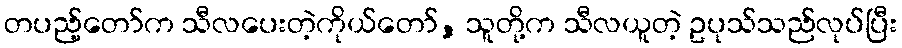
တပည့်တော်က သီလပေးတဲ့ကိုယ်တော်, သူတို့က သီလယူတဲ့ ဥပုသ်သည်လုပ်ပြီး